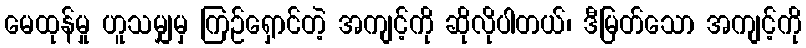
မေထုန်မှု ဟူသမျှမှ ကြဉ်ရှောင်တဲ့ အကျင့်ကို ဆိုလိုပါတယ်၊ ဒီမြတ်သော အကျင့်ကို